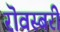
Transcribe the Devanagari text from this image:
रॊवस्बरी